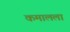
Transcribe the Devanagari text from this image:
कमालला